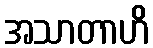
အသာတာဟိ